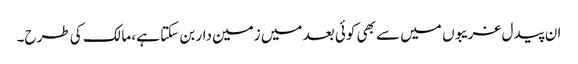
ان پیدل غریبوں میں سے بھی کوئی بعد میں زمین دار بن سکتا ہے، مالک کی طرح۔